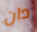
دان